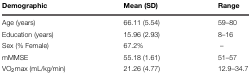
<table><thead><tr><td><b>Demographic</b></td><td><b>Mean (SD)</b></td><td><b>Range</b></td></tr></thead><tbody><tr><td>Age (years)</td><td>66.11 (5.54)</td><td>59–80</td></tr><tr><td>Education (years)</td><td>15.96 (2.93)</td><td>8–16</td></tr><tr><td>Sex (% Female)</td><td>67.2%</td><td>–</td></tr><tr><td>mMMSE</td><td>55.18 (1.61)</td><td>51–57</td></tr><tr><td>VO<sub>2</sub>max (mL/kg/min)</td><td>21.26 (4.77)</td><td>12.9–34.7</td></tr></tbody></table>